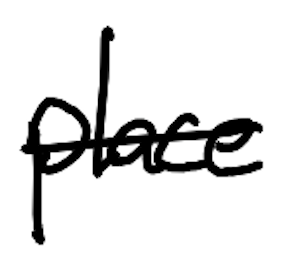
Text: place
Cross-out: single-line
Writing tool: digital_black